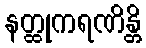
နတ္ထုကရဏိန္တိ